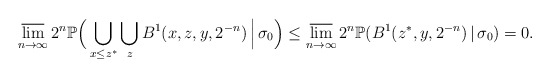
\begin{align*}\varlimsup_{n\to\infty}2^{n}\mathbb{P}\Big(\bigcup_{x\le z^{*}}\bigcup_{z}B^{1}(x,z,y,2^{-n})\,\Big|\,\sigma_{0}\Big)\le\varlimsup_{n\to\infty}2^{n}\mathbb{P}(B^{1}(z^{*},y,2^{-n})\,|\,\sigma_{0})=0.\end{align*}